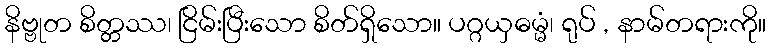
နိဗ္ဗုတ စိတ္တဿ၊ ငြိမ်းပြီးသော စိတ်ရှိသော။ ပဂ္ဂယှဓမ္မံ၊ ရုပ် , နာမ်တရားကို။